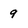
Character: 9